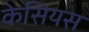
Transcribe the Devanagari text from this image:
केसियस